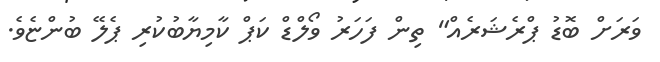
ވަރަށް ބޮޑު ޕްރެޝަރެއް" ތިން ފަހަރު ވޯލްޑް ކަޕް ކާމިޔާބުކުރި ޕެލޭ ބުންޏެވެ.